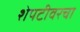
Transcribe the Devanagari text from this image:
शेपटीवरचा